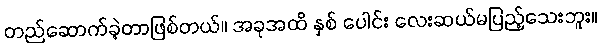
တည်ဆောက်ခဲ့တာဖြစ်တယ်။ အခုအထိ နှစ် ပေါင်း လေးဆယ်မပြည့်သေးဘူး။